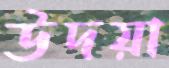
উদয়া